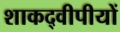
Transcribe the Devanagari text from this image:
शाकद्वीपीयों